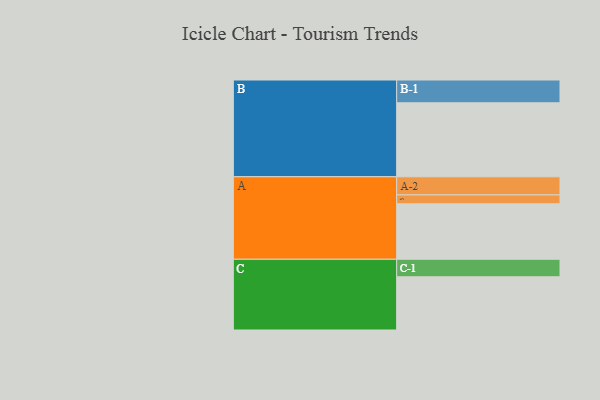
{"axis": {"x": "Segment", "y": "Value"}, "legend": ["", "A", "B", "C"], "data": [{"x": "A", "y": 443, "type": ""}, {"x": "B", "y": 591, "type": ""}, {"x": "C", "y": 425, "type": ""}, {"x": "A-1", "y": 71, "type": "A"}, {"x": "A-2", "y": 145, "type": "A"}, {"x": "B-1", "y": 182, "type": "B"}, {"x": "C-1", "y": 140, "type": "C"}]}